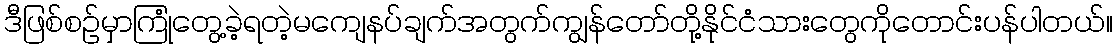
ဒီဖြစ်စဉ်မှာကြုံတွေ့ခဲ့ရတဲ့မကျေနပ်ချက်အတွက်ကျွန်တော်တို့နိုင်ငံသားတွေကိုတောင်းပန်ပါတယ်။